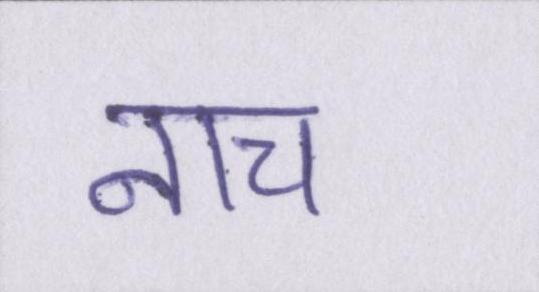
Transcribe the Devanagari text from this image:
नाच